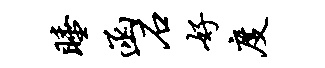
睡函石好度